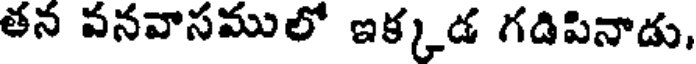
తన వనవాసములో ఇక్కడ గడిపినాడు,